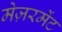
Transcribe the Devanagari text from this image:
मेज़रमेंट